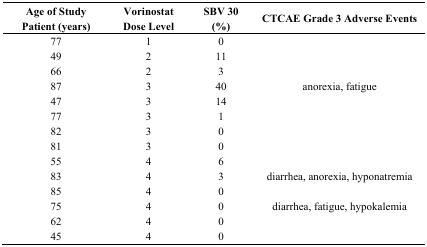
<table><thead><tr><td><b>Age of Study Patient (years)</b></td><td><b>Vorinostat Dose Level</b></td><td><b>SBV 30 (%)</b></td><td><b>CTCAE Grade 3 Adverse Events</b></td></tr></thead><tbody><tr><td>77</td><td>1</td><td>0</td><td></td></tr><tr><td>49</td><td>2</td><td>11</td><td></td></tr><tr><td>66</td><td>2</td><td>3</td><td></td></tr><tr><td>87</td><td>3</td><td>40</td><td>anorexia, fatigue</td></tr><tr><td>47</td><td>3</td><td>14</td><td></td></tr><tr><td>77</td><td>3</td><td>1</td><td></td></tr><tr><td>82</td><td>3</td><td>0</td><td></td></tr><tr><td>81</td><td>3</td><td>0</td><td></td></tr><tr><td>55</td><td>4</td><td>6</td><td></td></tr><tr><td>83</td><td>4</td><td>3</td><td>diarrhea, anorexia, hyponatremia</td></tr><tr><td>85</td><td>4</td><td>0</td><td></td></tr><tr><td>75</td><td>4</td><td>0</td><td>diarrhea, fatigue, hypokalemia</td></tr><tr><td>62</td><td>4</td><td>0</td><td></td></tr><tr><td>45</td><td>4</td><td>0</td><td></td></tr></tbody></table>